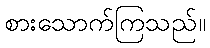
စားသောက်ကြသည်။